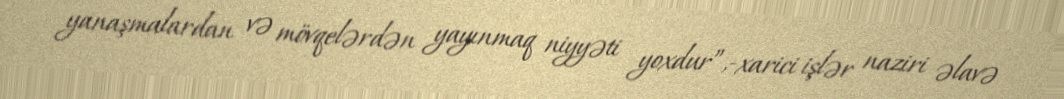
yanaşmalardan və mövqelərdən yayınmaq niyyəti yoxdur”,-xarici işlər naziri əlavə